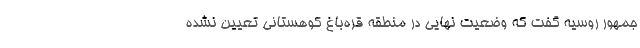
جمهور روسیه گفت که وضعیت نهایی در منطقه قره‌باغ کوهستانی تعیین نشده